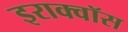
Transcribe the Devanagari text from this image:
इराक्वॉस